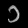
Digit: ၁